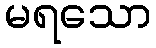
မရသော